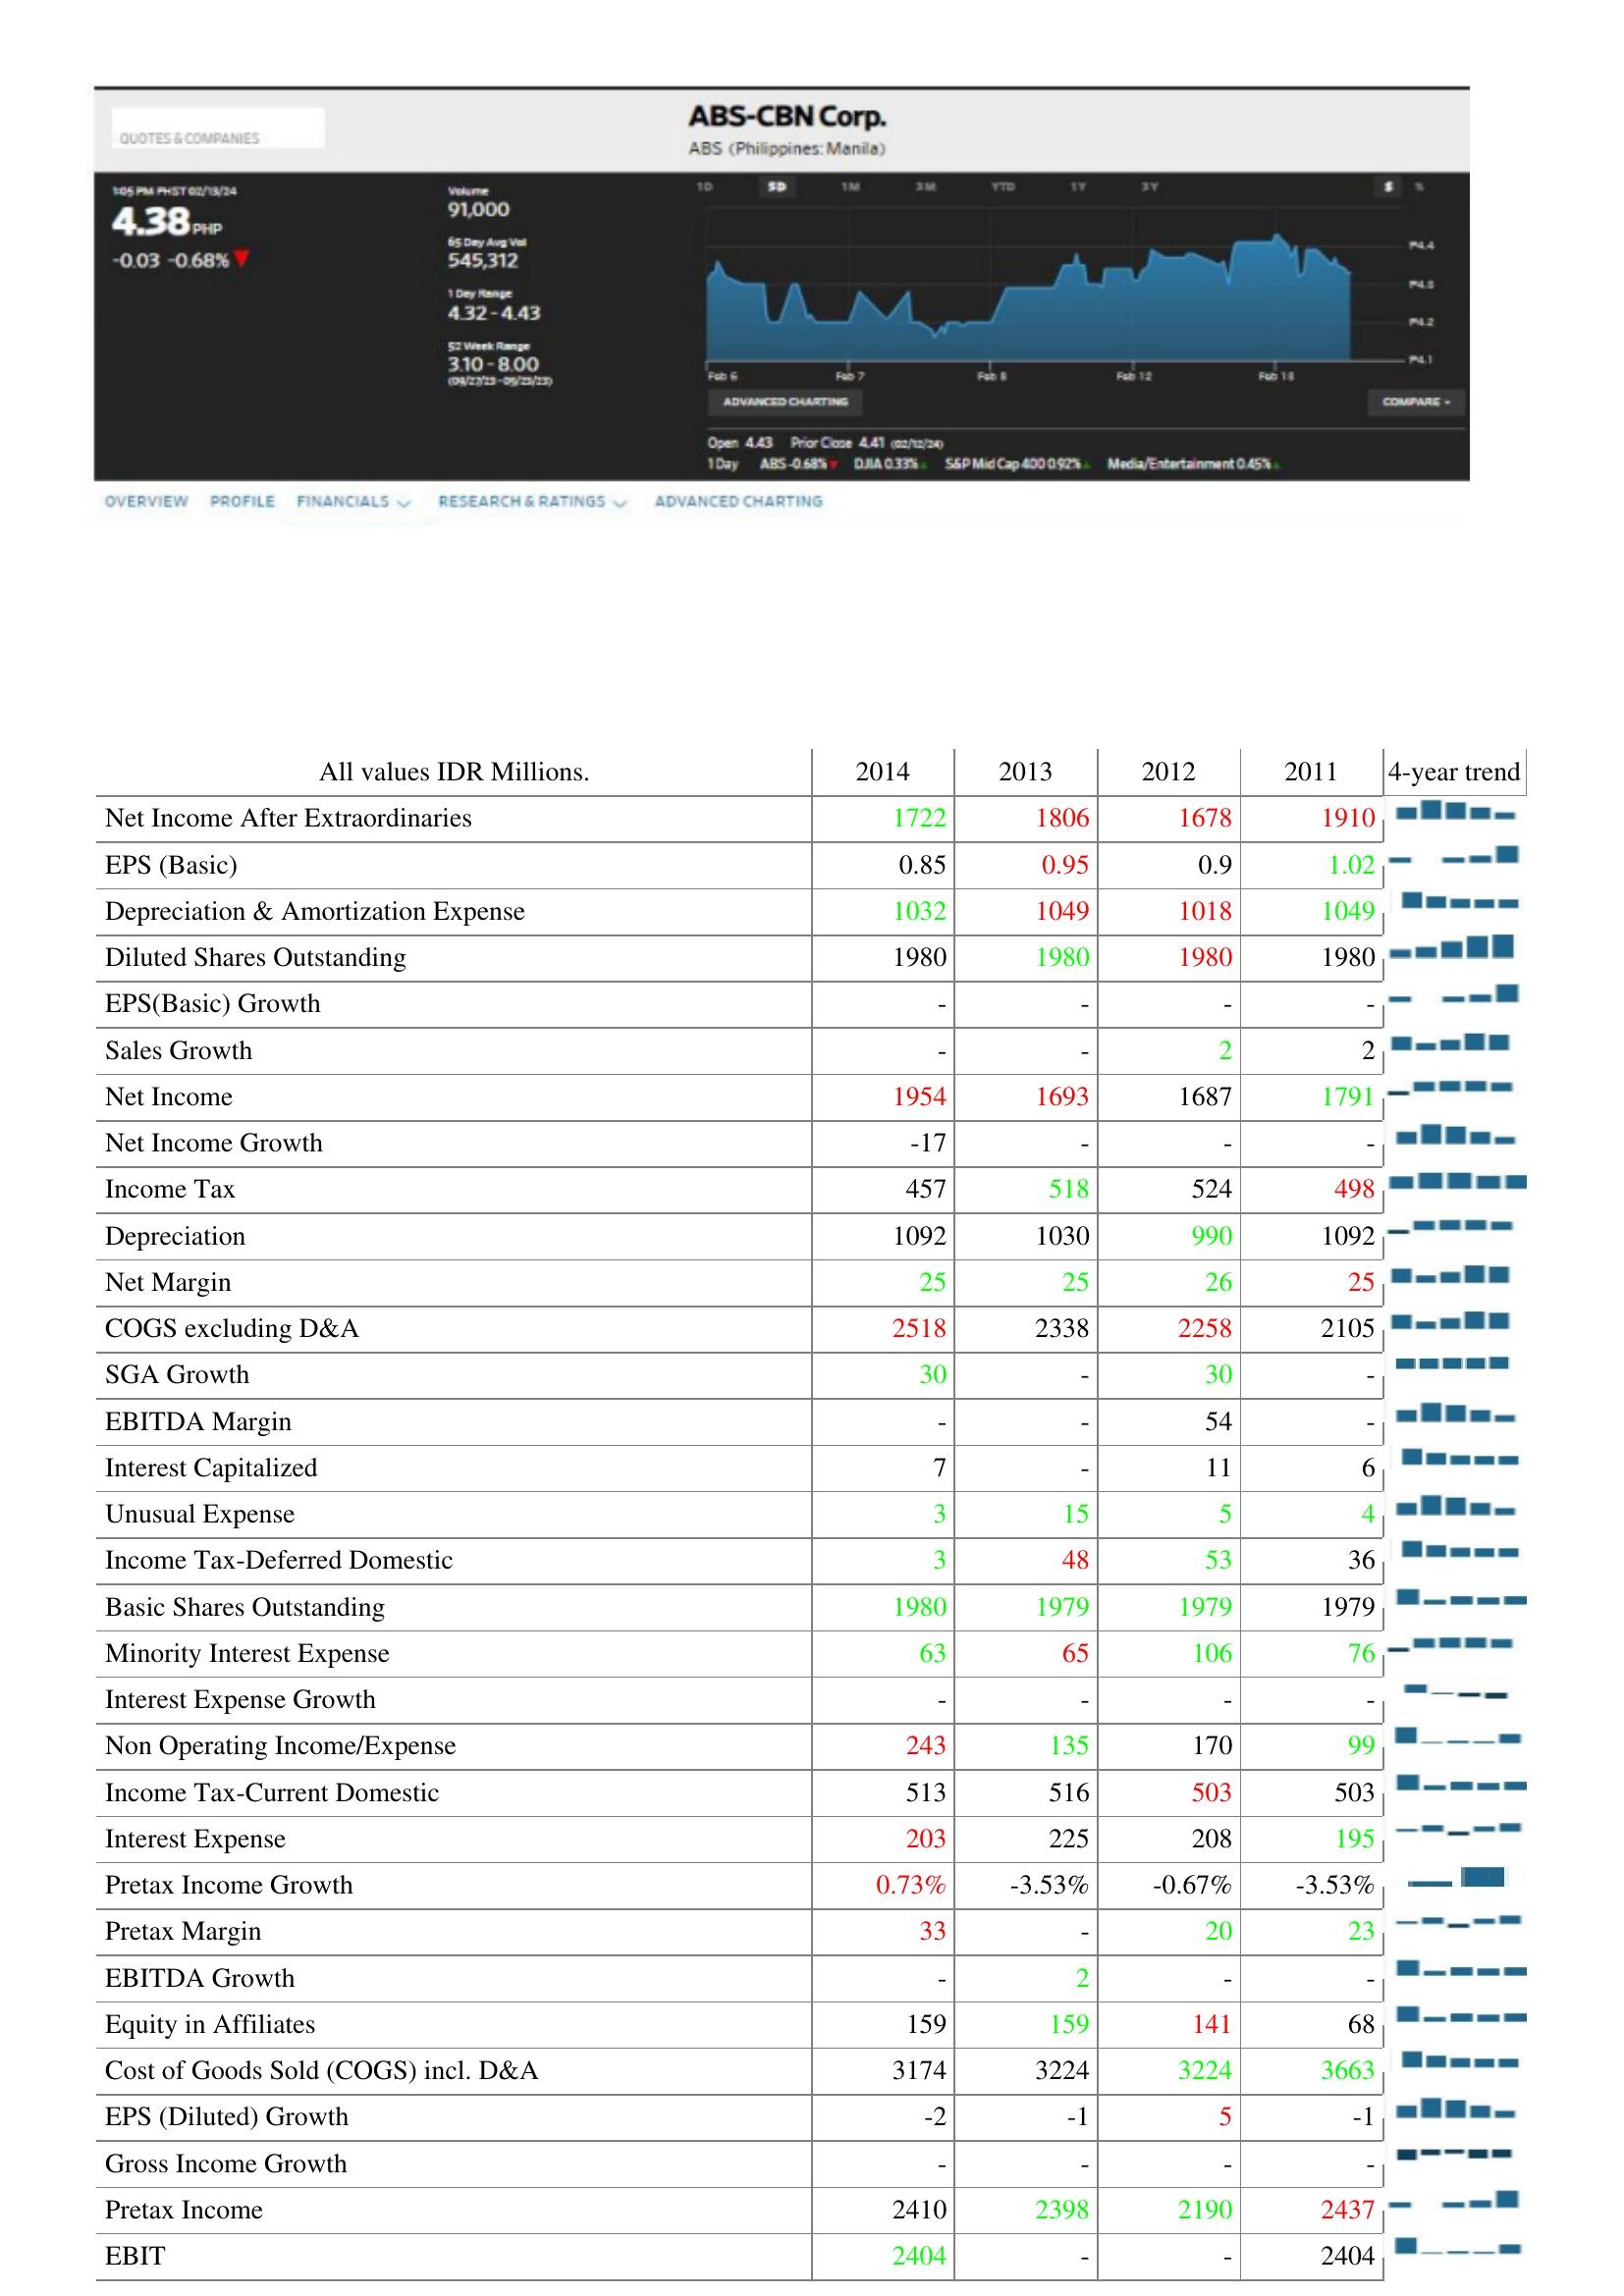
2014: : Net Income After Extraordinaries: 1722
EPS (Basic): 0.85
Depreciation & Amortization Expense: 1032
Diluted Shares Outstanding: 1980
EPS(Basic) Growth: -
Sales Growth: -
Net Income: 1954
Net Income Growth: -17
Income Tax: 457
Depreciation: 1092
Net Margin: 25
COGS excluding D&A: 2518
SGA Growth: 30
EBITDA Margin: -
Interest Capitalized: 7
Unusual Expense: 3
Income Tax-Deferred Domestic: 3
Basic Shares Outstanding: 1980
Minority Interest Expense: 63
Interest Expense Growth: -
Non Operating Income/Expense: 243
Income Tax-Current Domestic: 513
Interest Expense: 203
Pretax Income Growth: 0.73%
Pretax Margin: 33
EBITDA Growth: -
Equity in Affiliates: 159
Cost of Goods Sold (COGS) incl. D&A: 3174
EPS (Diluted) Growth: -2
Gross Income Growth: -
Pretax Income: 2410
EBIT: 2404
2013: : Net Income After Extraordinaries: 1806
EPS (Basic): 0.95
Depreciation & Amortization Expense: 1049
Diluted Shares Outstanding: 1980
EPS(Basic) Growth: -
Sales Growth: -
Net Income: 1693
Net Income Growth: -
Income Tax: 518
Depreciation: 1030
Net Margin: 25
COGS excluding D&A: 2338
SGA Growth: -
EBITDA Margin: -
Interest Capitalized: -
Unusual Expense: 15
Income Tax-Deferred Domestic: 48
Basic Shares Outstanding: 1979
Minority Interest Expense: 65
Interest Expense Growth: -
Non Operating Income/Expense: 135
Income Tax-Current Domestic: 516
Interest Expense: 225
Pretax Income Growth: -3.53%
Pretax Margin: -
EBITDA Growth: 2
Equity in Affiliates: 159
Cost of Goods Sold (COGS) incl. D&A: 3224
EPS (Diluted) Growth: -1
Gross Income Growth: -
Pretax Income: 2398
EBIT: -
2012: : Net Income After Extraordinaries: 1678
EPS (Basic): 0.9
Depreciation & Amortization Expense: 1018
Diluted Shares Outstanding: 1980
EPS(Basic) Growth: -
Sales Growth: 2
Net Income: 1687
Net Income Growth: -
Income Tax: 524
Depreciation: 990
Net Margin: 26
COGS excluding D&A: 2258
SGA Growth: 30
EBITDA Margin: 54
Interest Capitalized: 11
Unusual Expense: 5
Income Tax-Deferred Domestic: 53
Basic Shares Outstanding: 1979
Minority Interest Expense: 106
Interest Expense Growth: -
Non Operating Income/Expense: 170
Income Tax-Current Domestic: 503
Interest Expense: 208
Pretax Income Growth: -0.67%
Pretax Margin: 20
EBITDA Growth: -
Equity in Affiliates: 141
Cost of Goods Sold (COGS) incl. D&A: 3224
EPS (Diluted) Growth: 5
Gross Income Growth: -
Pretax Income: 2190
EBIT: -
2011: : Net Income After Extraordinaries: 1910
EPS (Basic): 1.02
Depreciation & Amortization Expense: 1049
Diluted Shares Outstanding: 1980
EPS(Basic) Growth: -
Sales Growth: 2
Net Income: 1791
Net Income Growth: -
Income Tax: 498
Depreciation: 1092
Net Margin: 25
COGS excluding D&A: 2105
SGA Growth: -
EBITDA Margin: -
Interest Capitalized: 6
Unusual Expense: 4
Income Tax-Deferred Domestic: 36
Basic Shares Outstanding: 1979
Minority Interest Expense: 76
Interest Expense Growth: -
Non Operating Income/Expense: 99
Income Tax-Current Domestic: 503
Interest Expense: 195
Pretax Income Growth: -3.53%
Pretax Margin: 23
EBITDA Growth: -
Equity in Affiliates: 68
Cost of Goods Sold (COGS) incl. D&A: 3663
EPS (Diluted) Growth: -1
Gross Income Growth: -
Pretax Income: 2437
EBIT: 2404